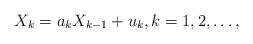
LaTeX: \begin{align*}X_k=a_kX_{k-1}+u_k,k=1,2,\dots,\end{align*}